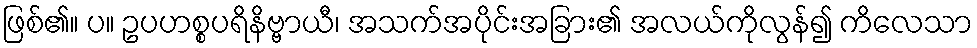
ဖြစ်၏။ ပ။ ဥပဟစ္စပရိနိဗ္ဗာယီ၊ အသက်အပိုင်းအခြား၏ အလယ်ကိုလွန်၍ ကိလေသာ